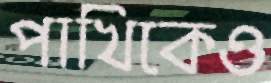
পাখিকেও